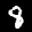
Label: 8